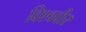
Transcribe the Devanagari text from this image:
विश्ववीर